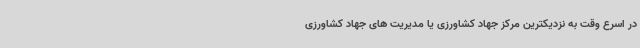
در اسرع وقت به نزدیکترین مرکز جهاد کشاورزی یا مدیریت های جهاد کشاورزی